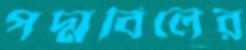
পদ্মবিলের